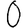
Digit: 0